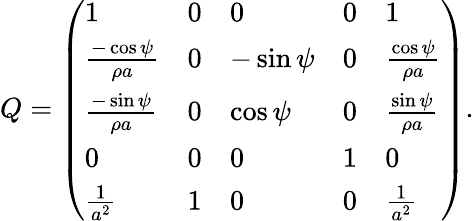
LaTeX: Q=\left(\begin{array}{lllll}{1}&{0}&{0}&{0}&{1}\\ {\frac{-\cos{\psi}}{\rho a}}&{0}&{-\sin{\psi}}&{0}&{\frac{\cos{\psi}}{\rho a}}\\ {\frac{-\sin{\psi}}{\rho a}}&{0}&{\cos{\psi}}&{0}&{\frac{\sin{\psi}}{\rho a}}\\ {0}&{0}&{0}&{1}&{0}\\ {\frac{1}{a^{2}}}&{1}&{0}&{0}&{\frac{1}{a^{2}}}\end{array}\right).